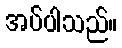
အပ်ပါသည်။